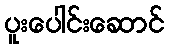
ပူးပေါင်းဆောင်